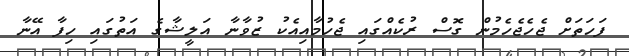
ފަހަތަށް ޖެހެޖެހެމުން ގޮސް ރުކެއްގައި ޖެހުމާއިއެކު ޒުވާނާ އަލީޝާގެ އަތުގައި ހިފާ އޭނާ